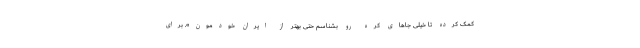
کمک کرده تا خیلی جاهای کره رو بشناسم حتی بهتر از ایران خودمون». برای